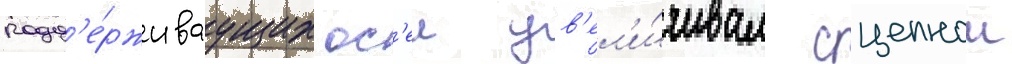
подд'е́рживаущих ос'еи ув'ел'и́чивал сцепнои